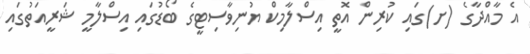
އެ މާއްދާގެ (ށ)ގައި ކުރިން އޮތީ އިސްލާމިކް ޔުނިވާސިޓީގެ ބޯޑުގައި އިސްލާމީ ޝަރީއަތުގައި